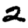
Digit: 2